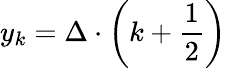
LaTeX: y_{k}=\Delta\cdot\left(k+{\frac{1}{2}}\right)